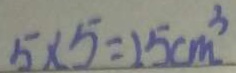
5 \times 5 = 2 5 c m ^ { 3 }